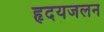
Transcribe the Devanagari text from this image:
हृदयजलन